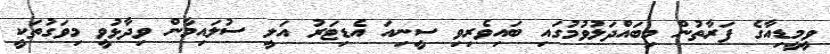
ވީމީޑިއާގެ ފަރާތުން މިބައްދަލުވުމުގައި ބައިވެރިވި ސީނިއަ އެޑިޓަރު އަލީ ސުލައިމާން ވިދާޅުވީ މިވަގުތަކީ